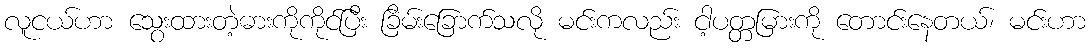
လူငယ်ဟာ သွေးထားတဲ့ဓားကိုကိုင်ပြီး ခြိမ်းခြောက်သလို မင်းကလည်း ငါ့ပတ္တမြားကို တောင်းနေတယ်၊ မင်းဟာ